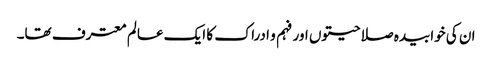
ان کی خوابیدہ صلاحیتوں اور فہم و ادراک کا ایک عالم معترف تھا۔